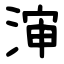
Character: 渖